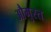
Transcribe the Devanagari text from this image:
औगुस्त